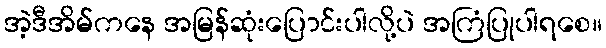
အဲ့ဒီအိမ်ကနေ အမြန်ဆုံးပြောင်းပါလို့ပဲ အကြံပြုပါရစေ။